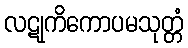
လဋုကိကောပမသုတ္တံ